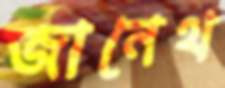
জানেথ